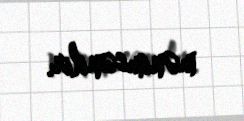
mənimsənilir.